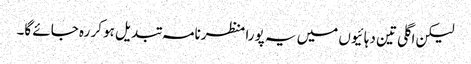
لیکن اگلی تین دہائیوں میں یہ پورا منظرنامہ تبدیل ہو کر رہ جائے گا۔